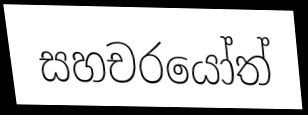
සහචරයෝත්